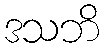
ဒသဘိ